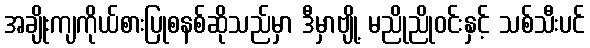
အချိုးကျကိုယ်စားပြုစနစ်ဆိုသည်မှာ ဒီမှာဗျို့ မညိုညိုဝင်းနှင့် သစ်သီးပင်